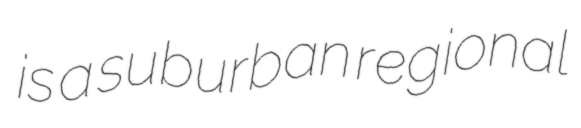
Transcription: is a suburban regional